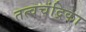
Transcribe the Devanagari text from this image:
तत्वचंद्रिका